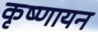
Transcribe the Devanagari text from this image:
कृष्‍णायन